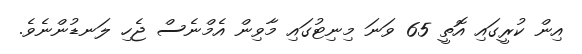
އިން ކުރީގައި އޮތީ 65 ވަނަ މިނިޓުގައި މާވިން އެމްނެސް ޖެހި ލަނޑުންނެވެ.